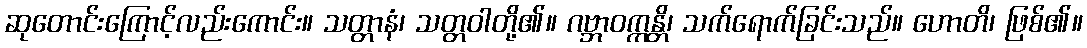
ဆုတောင်းကြောင့်လည်းကောင်း။ သတ္တာနံ၊ သတ္တဝါတို့၏။ ဂဗ္ဘာဝက္ကန္တိ၊ သက်ရောက်ခြင်းသည်။ ဟောတိ၊ ဖြစ်၏။